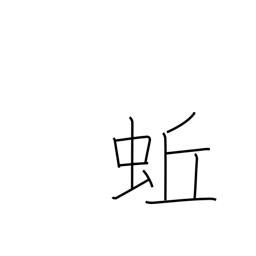
Meaning: earthworm